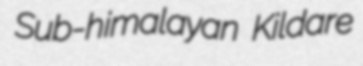
Sub-himalayan Kildare